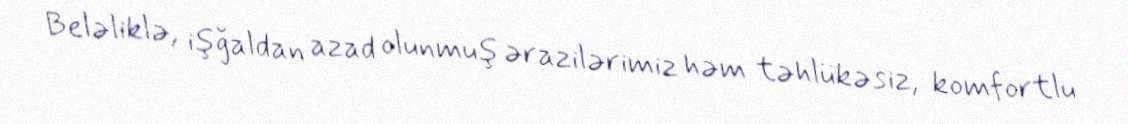
Beləliklə, işğaldan azad olunmuş ərazilərimiz həm təhlükəsiz, komfortlu